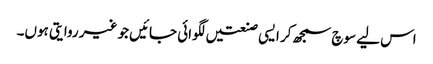
اس لیے سوچ سمجھ کر ایسی صنعتیں لگوائی جائیں جو غیر روایتی ہوں۔